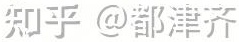
知乎 @都津齐